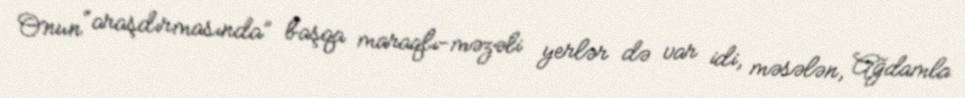
Onun “araşdırmasında” başqa maraqlı-məzəli yerlər də var idi, məsələn, Ağdamla